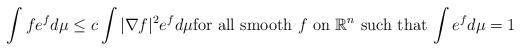
LaTeX: \begin{align*} \int f e^f d\mu \leq c \int |\nabla f|^2 e^f d\mu \mbox{for all smooth} \ f \ \mbox{on} \ \mathbb{R}^n \ \mbox{such that}\, \int e^f d\mu = 1 \end{align*}